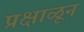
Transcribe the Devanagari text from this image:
प्रक्षाळून